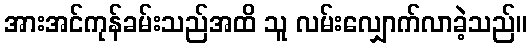
အားအင်ကုန်ခမ်းသည်အထိ သူ လမ်းလျှောက်လာခဲ့သည်။